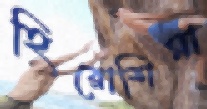
হিরোশিমা